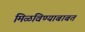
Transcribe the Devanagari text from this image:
मिळविण्याबाबत